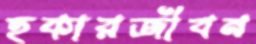
হকারজীবন